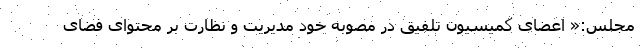
مجلس:« اعضای کمیسیون تلفیق در مصوبه خود مدیریت و نظارت بر محتوای فضای